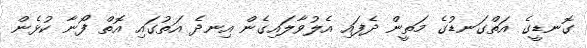
ގޮނޑީގެ އަތްގަނޑުގެ މަތީން ދެފައި އެލުވާލައިގެން އިނދެ އަތުގައި އޮތް ފޯނާ ކުޅެން